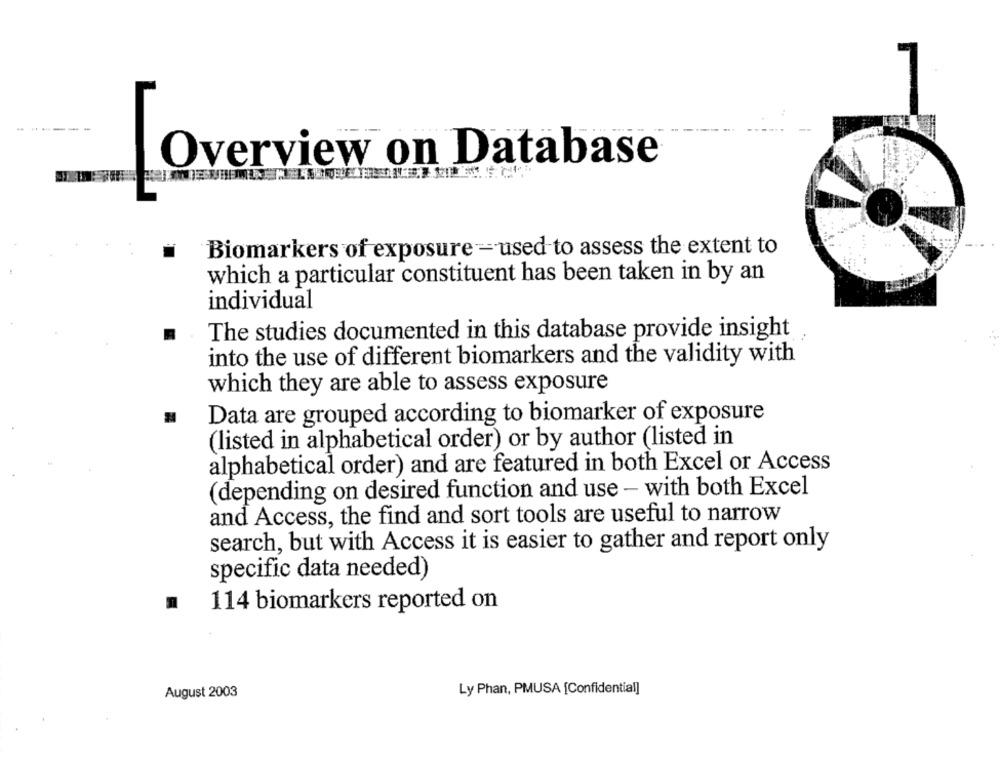
--.
Overview on Database
Biomarkers of exposure - used to assess the extent to
which a particular constituent has been taken in by an
individual
The studies documented in this database provide insight
into the use of different biomarkers and the validity with
which they are able to assess exposure
Data are grouped according to biomarker of exposure
(listed in alphabetical order) or by author (listed in
alphabetical order) and are featured in both Excel or Access
(depending on desired function and use - with both Excel
and Access, the find and sort tools are useful to narrow
search, but with Access it is easier to gather and report only
specific data needed)
114 biomarkers reported on
August 2003
Ly Phan, PMUSA [Confidential]